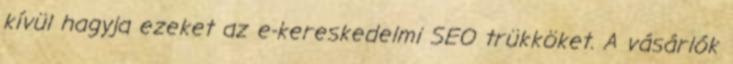
kívül hagyja ezeket az e-kereskedelmi SEO trükköket. A vásárlók